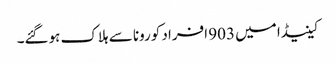
کینیڈا میں 903 افراد کورونا سے ہلاک ہوگئے۔